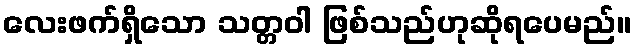
လေးဖက်ရှိသော သတ္တဝါ ဖြစ်သည်ဟုဆိုရပေမည်။